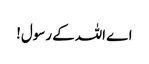
اے اللہ کے رسول!